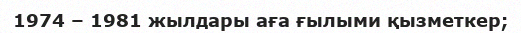
1974 – 1981 жылдары аға ғылыми қызметкер;